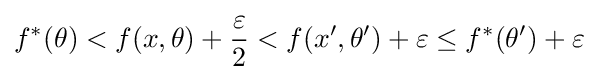
f^{*}(\theta )<f(x,\theta )+{\frac {\varepsilon }{2}}<f(x',\theta ')+\varepsilon \leq f^{*}(\theta ')+\varepsilon